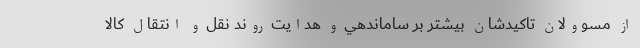
از مسوولان تاكيدشان بيشتر بر ساماندهي و هدايت روند نقل و انتقال كالا